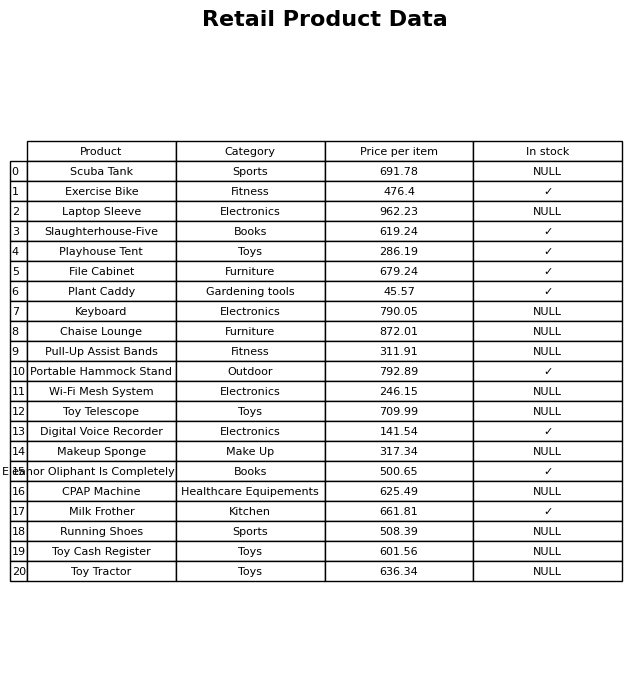
question: What is the price of the Scuba Tank?
answer: The price of Scuba Tank is 691.78.